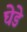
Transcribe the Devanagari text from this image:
घेडे